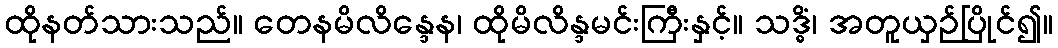
ထိုနတ်သားသည်။ တေနမိလိန္ဒေန၊ ထိုမိလိန္ဒမင်းကြီးနှင့်။ သဒ္ဓိံ၊ အတူယှဉ်ပြိုင်၍။